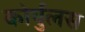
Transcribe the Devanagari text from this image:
कोर्युलस